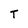
Character: T